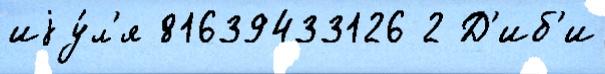
иjу́л'я 81639433126 2 Д'иб'и